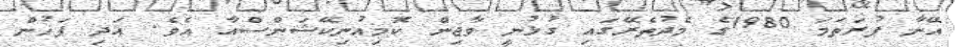
އޭނާ ފުރަތަމަ 1980ގެ މެދުތެރޭގައި ގުޅުނީ ވާޖިން ކޮމިއުނިކޭޝަންސްއާ އެވެ. އަދި ފަހުން